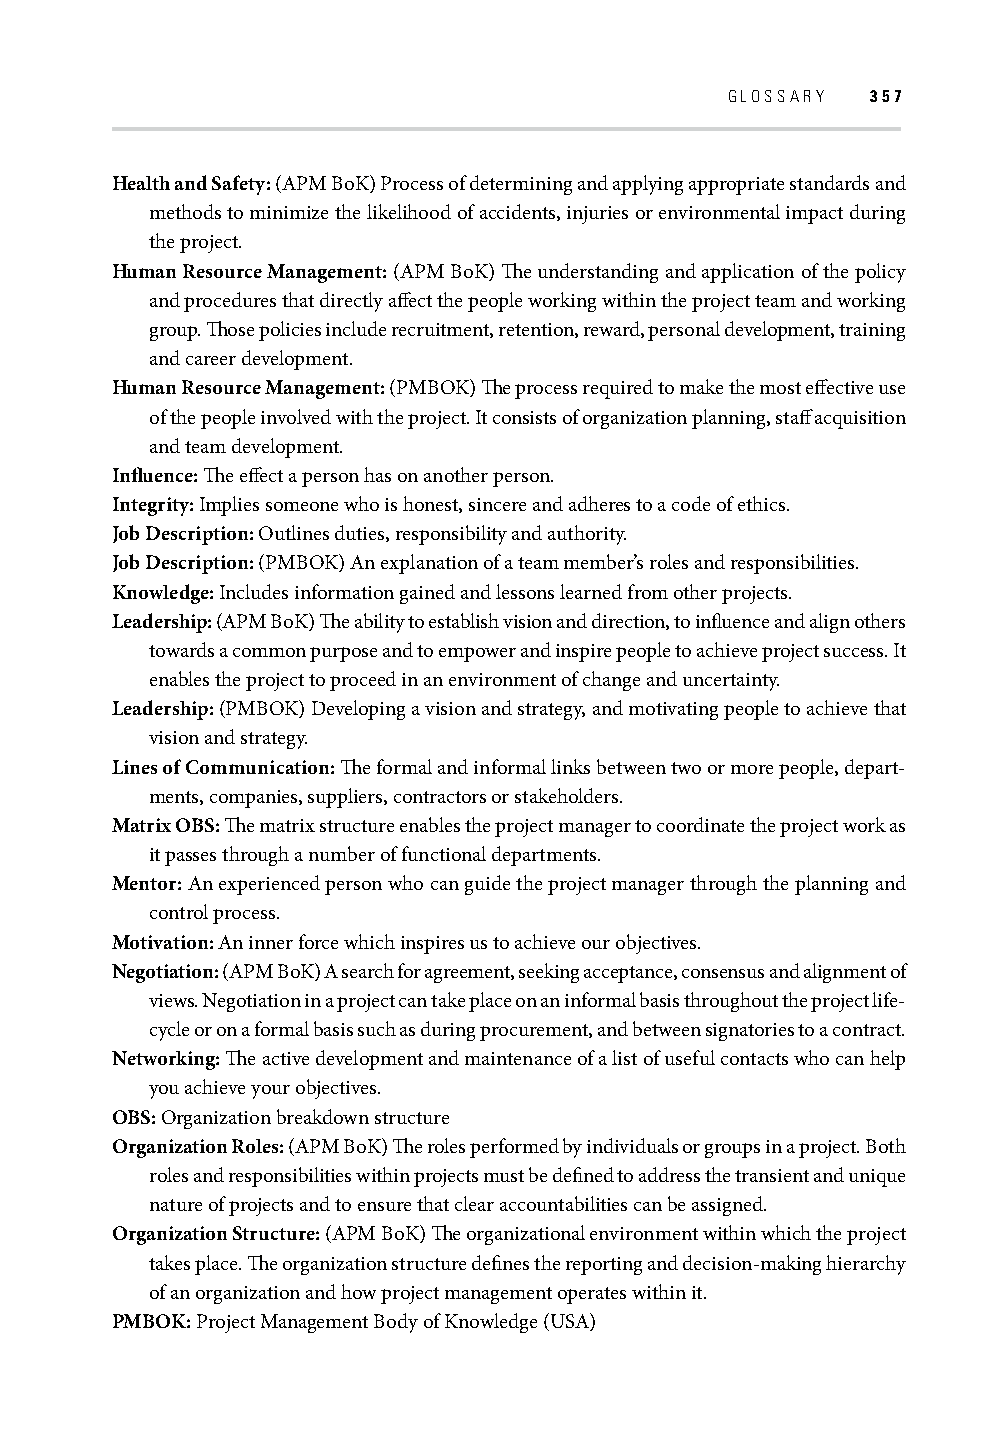
GLOSSARY  357
 Health and Safety: (APM BoK) Process of determining and applying appropriate standards and
 methods to minimize the likelihood of accidents, injuries or environmental impact during
 the project.
 Human Resource Management: (APM BoK) Th e understanding and application of the policy
 and procedures that directly aff ect the people working within the project team and working
 group. Th ose policies include recruitment, retention, reward, personal development, training
 and career development.
 Human Resource Management: (PMBOK) Th e process required to make the most eff ective use
 of the people involved with the project. It consists of organization planning, staff acquisition
 and team development.
 Infl uence: Th e eff ect a person has on another person.
 Integrity: Implies someone who is honest, sincere and adheres to a code of ethics.
 Job Description: Outlines duties, responsibility and authority.
 Job Description: (PMBOK) An explanation of a team member’s roles and responsibilities.
 Knowledge: Includes information gained and lessons learned from other projects.
 Leadership: (APM BoK) Th e ability to establish vision and direction, to infl uence and align others
 towards a common purpose and to empower and inspire people to achieve project success. It
 enables the project to proceed in an environment of change and uncertainty.
 Leadership: (PMBOK) Developing a vision and strategy, and motivating people to achieve that
 vision and strategy.
 Lines of Communication: Th e formal and informal links between two or more people, depart-
 ments, companies, suppliers, contractors or stakeholders.
 Matrix OBS: Th e matrix structure enables the project manager to coordinate the project work as
 it passes through a number of functional departments.
 Mentor: An experienced person who can guide the project manager through the planning and
 control process.
 Motivation: An inner force which inspires us to achieve our objectives.
 Negotiation: (APM BoK) A search for agreement, seeking acceptance, consensus and alignment of
 views. Negotiation in a project can take place on an informal basis throughout the project life-
 cycle or on a formal basis such as during procurement, and between signatories to a contract.
 Networking: Th e active development and maintenance of a list of useful contacts who can help
 you achieve your objectives.
 OBS: Organization breakdown structure
 Organization Roles: (APM BoK) Th e roles performed by individuals or groups in a project. Both
 roles and responsibilities within projects must be defi ned to address the transient and unique
 nature of projects and to ensure that clear accountabilities can be assigned.
 Organization Structure: (APM BoK) Th e organizational environment within which the project
 takes place. Th e organization structure defi nes the reporting and decision-making hierarchy
 of an organization and how project management operates within it.
 PMBOK: Project Management Body of Knowledge (USA)